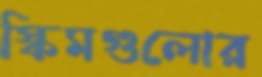
স্কিমগুলোর